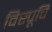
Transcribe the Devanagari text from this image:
विस्पूचि